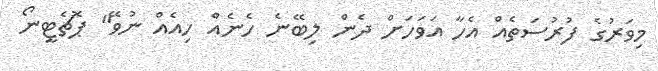
މިވަރުގެ ފުރުސަތެއް އެހާ އަވަހަށް ދެން ލިބޭނެ ހެނެއް ހިއެއް ނުވޭ" ޕޮޗެޓީނޯ